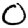
Digit: 0